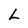
Character: L